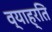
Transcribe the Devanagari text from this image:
व्याह्रति